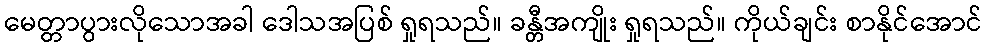
မေတ္တာပွားလိုသောအခါ ဒေါသအပြစ် ရှုရသည်။ ခန္တီအကျိုး ရှုရသည်။ ကိုယ်ချင်း စာနိုင်အောင်